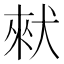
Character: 猌